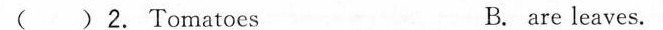
( ) 2. Tomatoes B. are leaves.